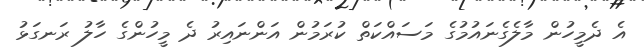
އެ ދެމީހުން މާލެގެނައުމުގެ މަސައްކަތް ކުރަމުން އަންނައިރު ދެ މީހުންގެ ހާލު ރަނގަޅު